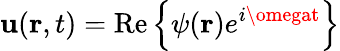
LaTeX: \mathbf{u}(\mathbf{{r}},t)=\mathrm{{Re}}\left\{ \psi(\mathbf{{r}})e^{i\omegat}\right\}